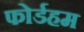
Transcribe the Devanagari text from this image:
फोर्डहम